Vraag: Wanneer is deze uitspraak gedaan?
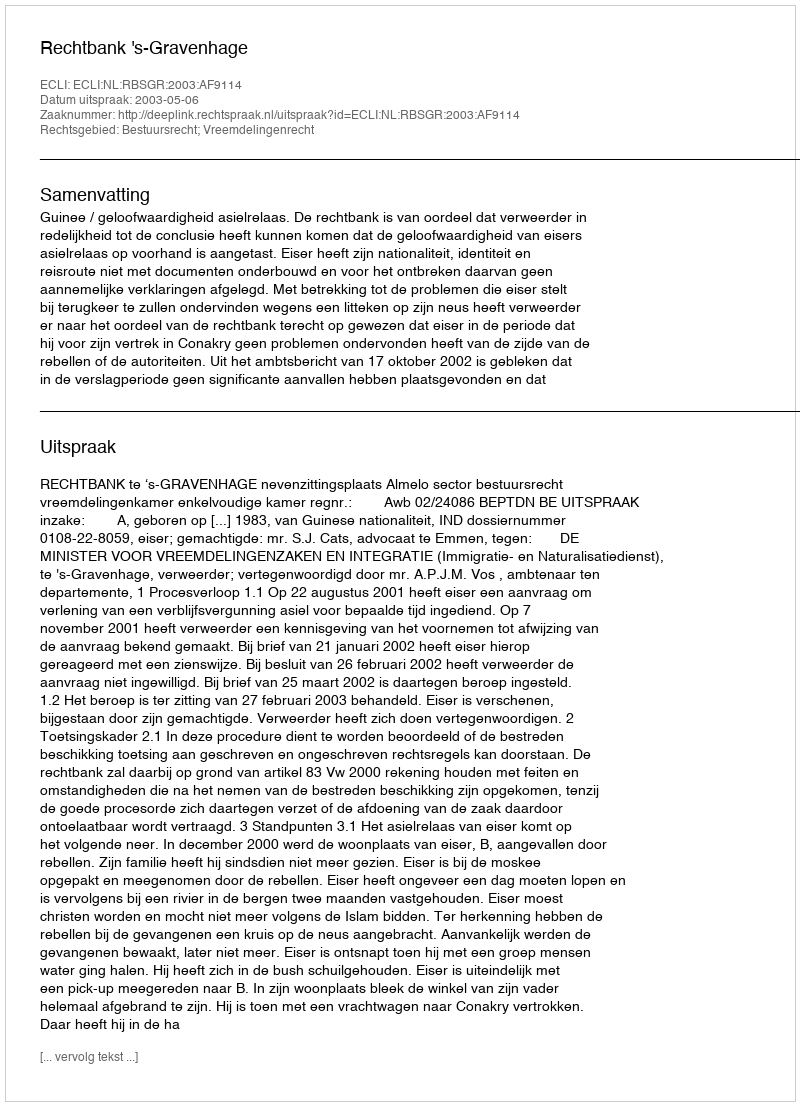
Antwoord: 2003-05-06